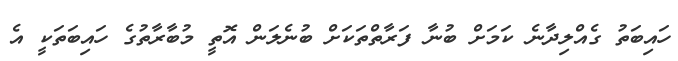
ހައިބަތު ގެއްލިދާނެ ކަމަށް ބުނާ ފަރާތްތަކަށް ބުނެލަން އޮތީ މުބާރާތުގެ ހައިބަތަކީ އެ